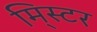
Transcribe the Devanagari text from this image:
मि्स्टर